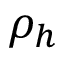
\rho _ { h }